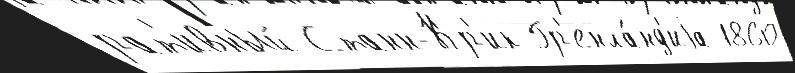
рат'ивный Станн-Кр'ик Гр'енла́нд'иjа 1860